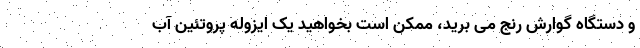
و دستگاه گوارش رنج می برید، ممکن است بخواهید یک ایزوله پروتئین آب